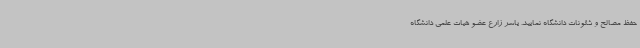
حفظ مصالح و شئونات دانشگاه نمایید. یاسر زارع عضو هیات علمی دانشگاه